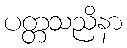
ပတ္တသညိနာ